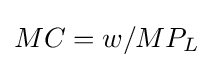
MC=w/MP_{L}